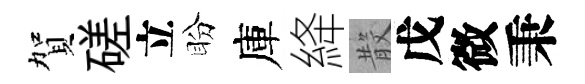
賀磋立盼庫絳𣪚戊微秉